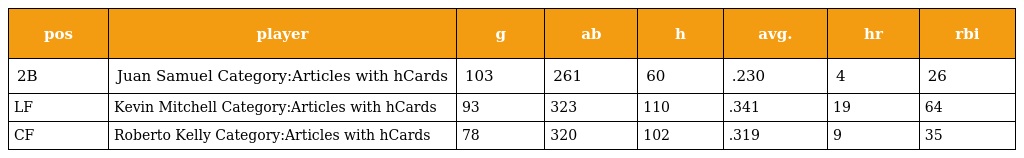
| pos | player | g | ab | h | avg. | hr | rbi |
 | --- | --- | --- | --- | --- | --- | --- | --- |
 | 2B | Juan Samuel Category:Articles with hCards | 103 | 261 | 60 | .230 | 4 | 26 |
 | LF | Kevin Mitchell Category:Articles with hCards | 93 | 323 | 110 | .341 | 19 | 64 |
 | CF | Roberto Kelly Category:Articles with hCards | 78 | 320 | 102 | .319 | 9 | 35 |